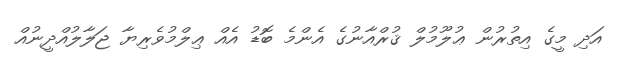
އަދި މީގެ އިތުރުން ޢުލޫމުލް ޤުރްއާނުގެ އެންމެ ބޮޑު އެއް ޢިލްމުވެރިޔާ ޖަލާލުއްދީނުއް